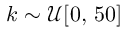
k \sim \mathcal { U } [ 0 , \, 5 0 ]